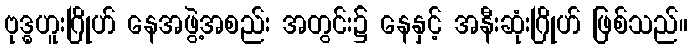
ဗုဒ္ဓဟူးဂြိုဟ် နေအဖွဲ့အစည်း အတွင်း၌ နေနှင့် အနီးဆုံးဂြိုဟ် ဖြစ်သည်။